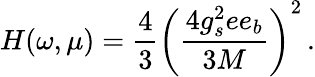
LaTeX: H(\omega,\mu)=\frac{4}{3}\left(\frac{4g_{s}^{2}ee_{b}}{3M}\right)^{2}\, .